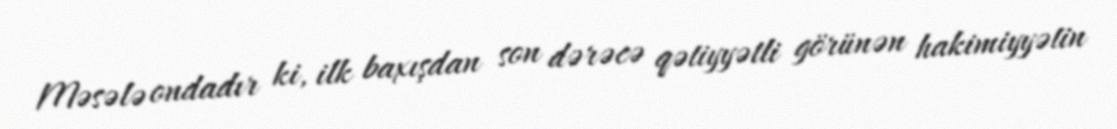
Məsələ ondadır ki, ilk baxışdan son dərəcə qətiyyətli görünən hakimiyyətin